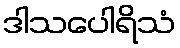
ဒါသပေါရိသံ